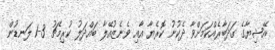
އޭޝިޔާގެ ގަދަބާރެއްކަމަށްވާ ދެކުނު ކޮރެޔާ އާއި ވެނެޒުއޭލާ ބައްދަލު ކުރިމެޗު 3-1 ލަނޑުން